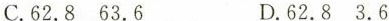
C.62.8 63.6 D.62.8 3.6